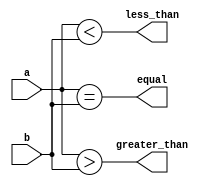
module n_comparator #(parameter n=8)(input [n-1:0] a,input [n-1:0] b,output equal,output less_than,output greater_than);
	assign equal = (a == b);
	assign less_than = (a < b);
	assign greater_than = (a > b);
endmodule

module n_comparator_bench #(parameter n=8)();
	reg [n-1:0] a;
	reg [n-1:0] b;
	wire equal, less_than, greater_than;

	n_comparator dUT(.a(a),.b(b),.equal(equal),.less_than(less_than),.greater_than(greater_than));
	initial begin
    		a = 123;b = 123;
    		$display("A == B: %b", equal);
    		$display("A < B: %b", less_than);
    		$display("A > B: %b", greater_than);
  	end
endmodule